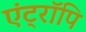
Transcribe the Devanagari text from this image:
एंट्रॉपि